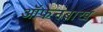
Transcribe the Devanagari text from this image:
ऑफेनबाख